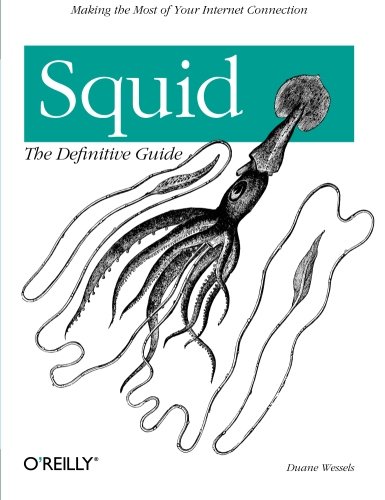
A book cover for Squid: The Definitive Guide; Duane Wessels; Computers & Technology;